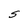
Character: S